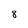
Character: 8